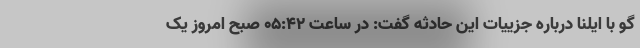
گو با ایلنا درباره جزییات این حادثه گفت: در ساعت ۰۵:۴۲ صبح امروز یک